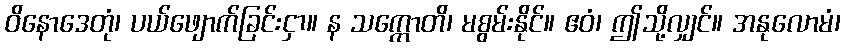
ဝိနောဒေတုံ၊ ပယ်ဖျောက်ခြင်းငှာ။ န သက္ကောတိ၊ မစွမ်းနိုင်။ ဧဝံ၊ ဤသို့လျှင်။ အနုလောမံ၊